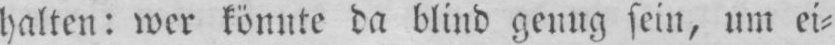
halten: wer könnte da blind genug sein, um ei⸗